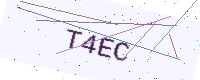
Text: T4EC